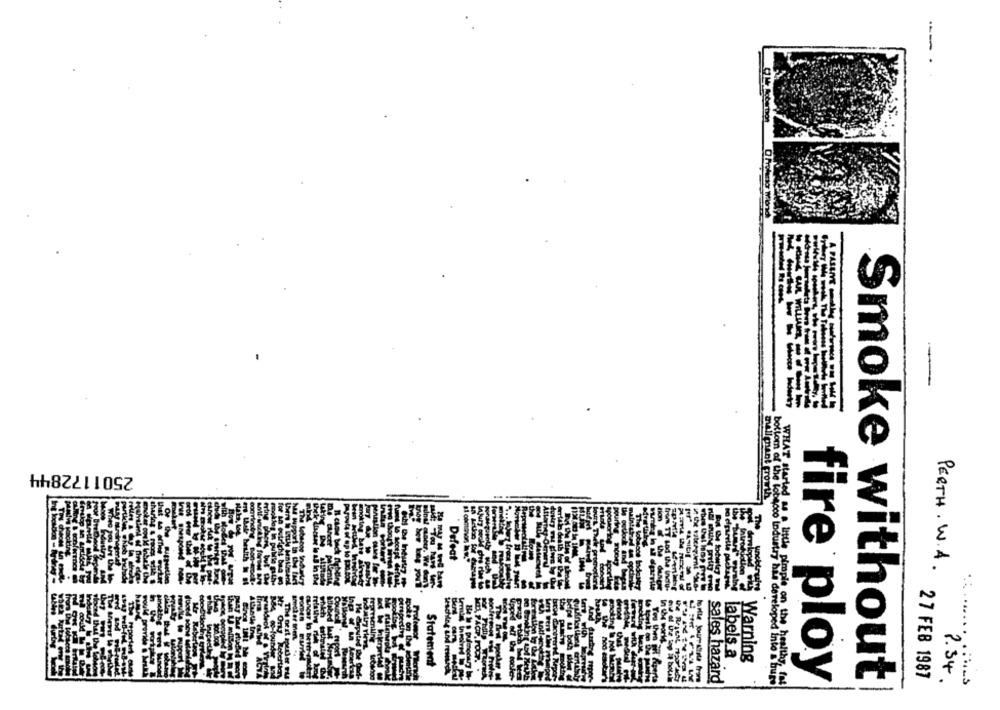
---
2501172844
mAlienAnt growth
Defeat
PERTH. W.A.
Statement
labels a
Warning
27 FEB 1987
sales hazard
WHAT hiteles - Industry has developed Into S'burs
fire ploy
Smoke without
2.34.